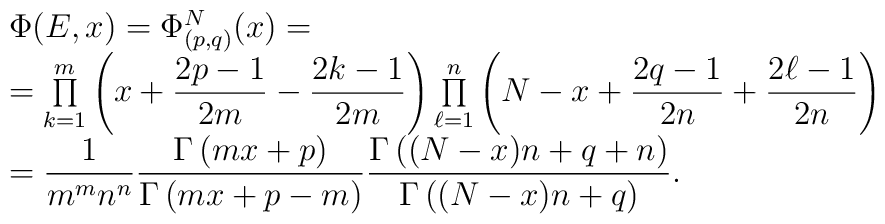
\begin{array}{l}\Phi(E,x)=\Phi^{N}_{(p,q)}(x)=\\=\prod\limits_{k=1}^{m}\left( x +\displaystyle  \frac{2p-1}{2m}- \frac{2k-1}{2m} \right)\prod\limits_{\ell=1}^{n}\left( N-x+\displaystyle \frac{2q-1}{2n} +\frac{2\ell-1}{2n}\right)\\=\displaystyle\frac{1}{m^m n^n}\displaystyle\frac{ \Gamma\left(mx+p\right) }{\Gamma\left(mx+p-m\right)}\displaystyle\frac{\Gamma\left( (N-x)n + q + n \right)}{\Gamma\left( (N-x)n + q  \right)}.\end{array}